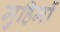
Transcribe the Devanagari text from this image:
मुहिमों